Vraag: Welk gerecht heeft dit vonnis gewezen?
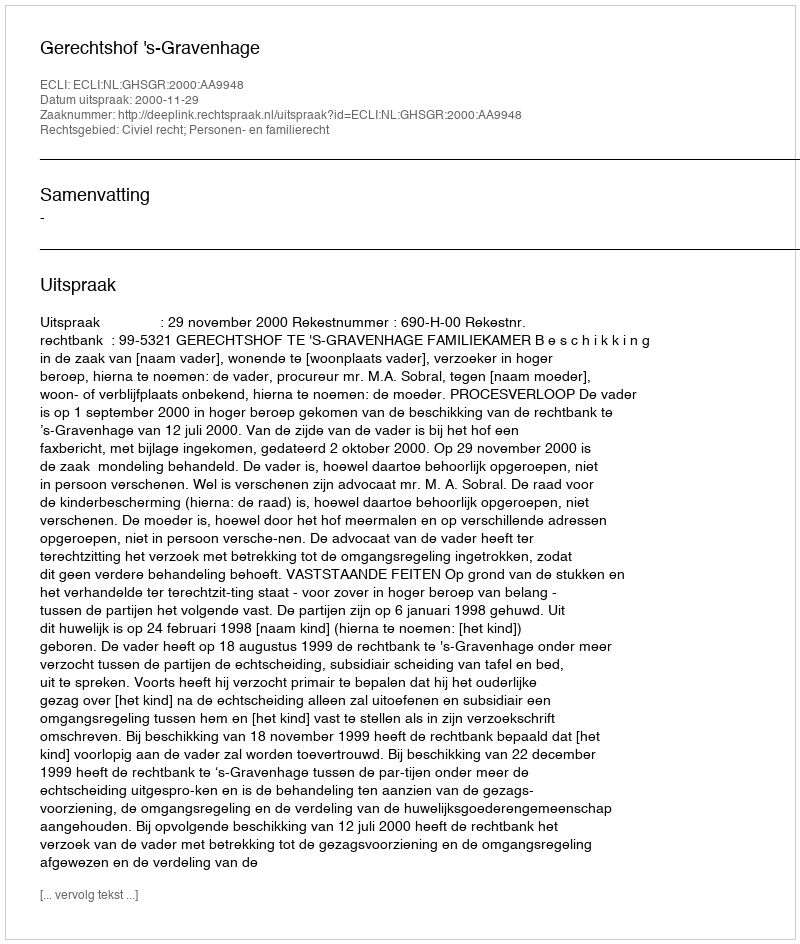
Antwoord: Gerechtshof 's-Gravenhage